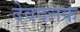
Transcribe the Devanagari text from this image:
देवदत्तक